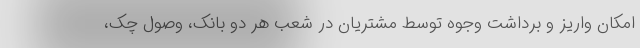
امکان واریز و برداشت وجوه توسط مشتریان در شعب هر دو بانک، وصول چک‌،